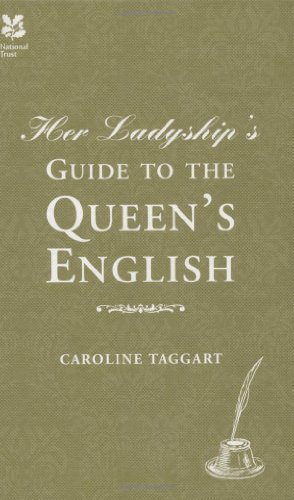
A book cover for Her Ladyship's Guide to the Queen's English; Caroline Taggart; Reference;